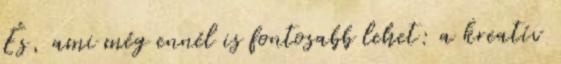
És, ami még ennél is fontosabb lehet: a kreatív